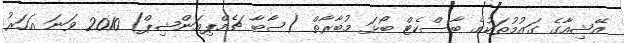
އޭޝިއާގެ ގައުމުތަކުގެ ބާސްކެޓް ބޯޅަ މުބާރާތް (ސާބާ ޗެމްޕިއަންޝިޕް) 2010 ވަނަ އަހަރު